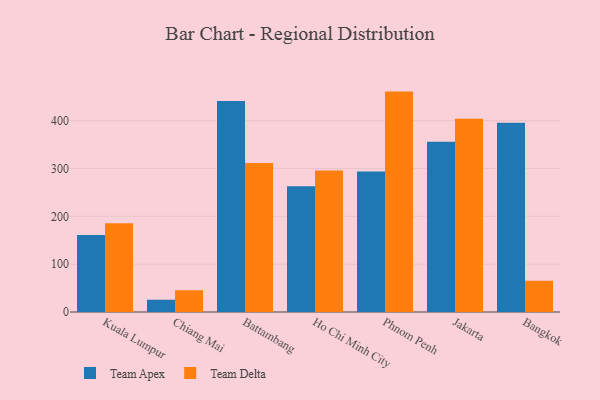
{"axis": {"x": "City", "y": "Satisfaction Score"}, "legend": ["Team Apex", "Team Delta"], "data": [{"x": "Kuala Lumpur", "y": 160.8, "type": "Team Apex"}, {"x": "Kuala Lumpur", "y": 185.3, "type": "Team Delta"}, {"x": "Chiang Mai", "y": 25.6, "type": "Team Apex"}, {"x": "Chiang Mai", "y": 45.5, "type": "Team Delta"}, {"x": "Battambang", "y": 440.8, "type": "Team Apex"}, {"x": "Battambang", "y": 311.6, "type": "Team Delta"}, {"x": "Ho Chi Minh City", "y": 262.7, "type": "Team Apex"}, {"x": "Ho Chi Minh City", "y": 295.8, "type": "Team Delta"}, {"x": "Phnom Penh", "y": 293.8, "type": "Team Apex"}, {"x": "Phnom Penh", "y": 460.7, "type": "Team Delta"}, {"x": "Jakarta", "y": 355.9, "type": "Team Apex"}, {"x": "Jakarta", "y": 404.2, "type": "Team Delta"}, {"x": "Bangkok", "y": 395.4, "type": "Team Apex"}, {"x": "Bangkok", "y": 65.3, "type": "Team Delta"}]}